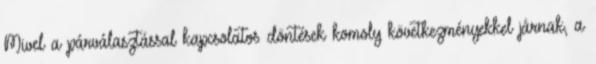
Mivel a párválasztással kapcsolatos döntések komoly következményekkel járnak, a